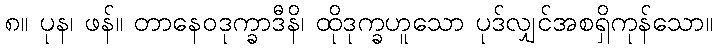
၈။ ပုန၊ ဖန်။ တာနေဝဒုက္ခာဒီနိ၊ ထိုဒုက္ခဟူသော ပုဒ်လျှင်အစရှိကုန်သော။